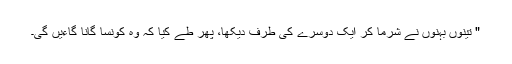
" تینوں بہنوں نے شرما کر ایک دوسرے کی طرف دیکھا، پھر طے کیا کہ وہ کونسا گانا گاءیں گی۔